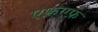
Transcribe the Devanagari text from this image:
एफ़एफ़